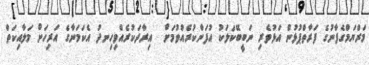
މަރްޔަމްގެފާނުގެ ފަރާތްޕުޅުން އަޅުވެރި ނަބީބޭކަލަކު އުފަންކުރެއްވުމަށް  އިރާދަކުރެއްވިހިނދު އެކަމަނާގެ އަރިހަށް މަލާއިކަތް